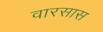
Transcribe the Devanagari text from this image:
वारसास